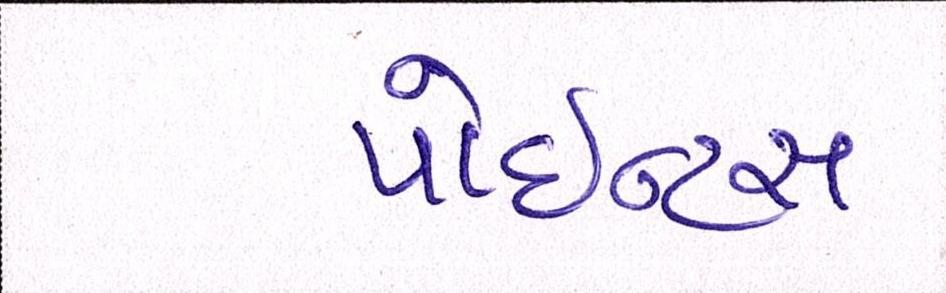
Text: પોઇન્ટસ